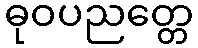
ဓုဝပညတ္တေ